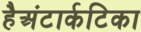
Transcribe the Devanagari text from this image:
हैअंटार्कटिका